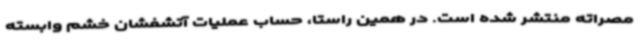
مصراته منتشر شده است. در همین راستا، حساب عملیات آتشفشان خشم وابسته